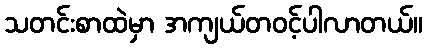
သတင်းစာထဲမှာ အကျယ်တဝင့်ပါလာတယ်။